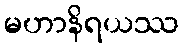
မဟာနိရယဿ